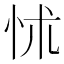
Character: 怵